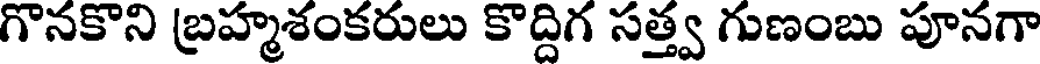
గొనకొని బ్రహ్మశంకరులు కొద్దిగ సత్త్వ గుణంబు పూనగా